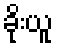
ခိုးယူ